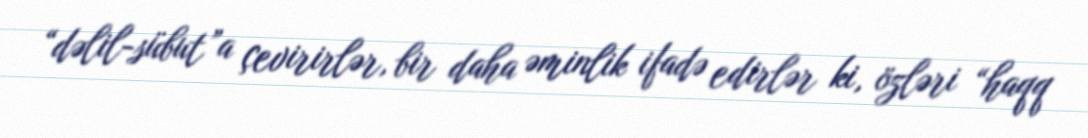
“dəlil-sübut”a çevirirlər, bir daha əminlik ifadə edirlər ki, özləri “haqq